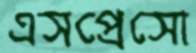
এসপ্রেসো